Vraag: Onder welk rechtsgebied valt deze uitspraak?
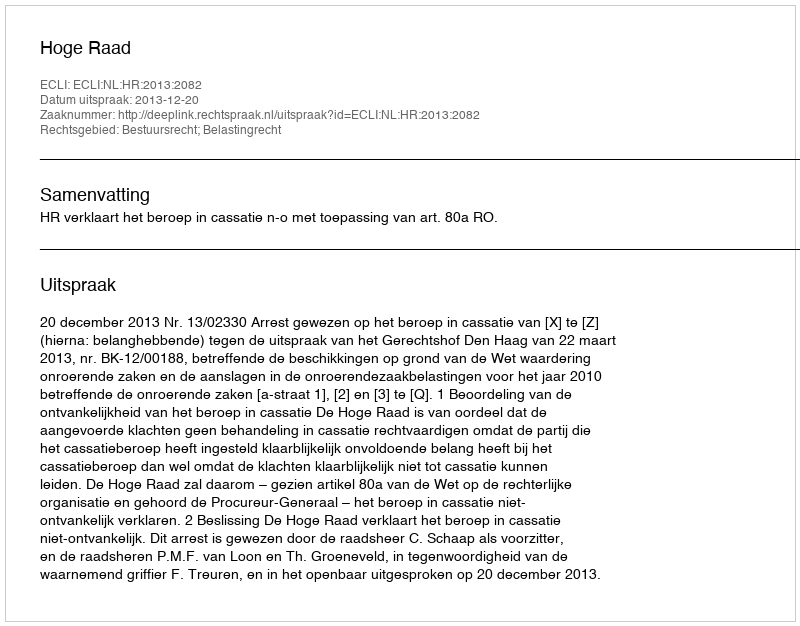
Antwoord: Bestuursrecht; Belastingrecht